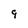
Character: 9